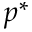
p ^ { * }